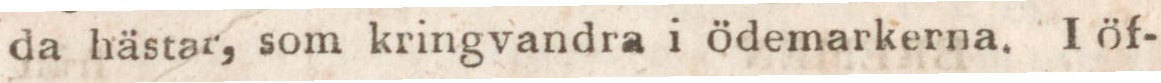
da hästar, som kringvandra i ödemarkerna. I öf-